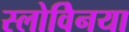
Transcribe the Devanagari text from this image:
स्लोवेिनया